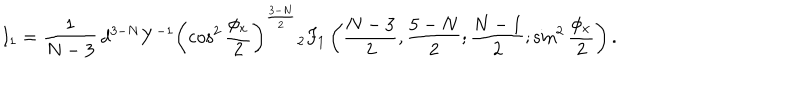
{ } I _ { 1 } = \frac { 1 } { N - 3 } \, { d ^ { 3 - N } } { Y ^ { - 1 } } \left( \cos ^ { 2 } \frac { \phi _ { x } } { 2 } \right) ^ { \frac { 3 - N } { 2 } } { } _ { 2 } F _ { 1 } \left( \frac { N - 3 } { 2 } , \frac { 5 - N } { 2 } ; \frac { N - 1 } { 2 } ; \sin ^ { 2 } \frac { \phi _ { x } } { 2 } \right) .